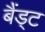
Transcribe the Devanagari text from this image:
बैंड्ट